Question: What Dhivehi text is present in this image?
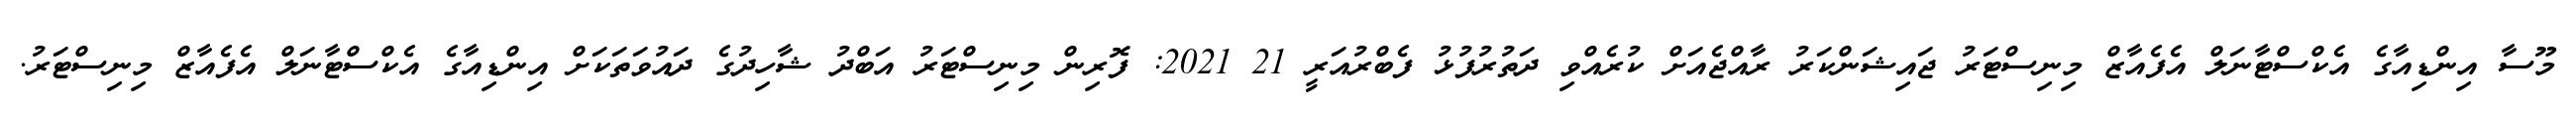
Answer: މޫސާ އިންޑިއާގެ އެކްސްޓާނަލް އެފެއާޒް މިނިސްޓަރު ޖައިޝަންކަރު ރާއްޖެއަށް ކުރެއްވި ދަތުރުފުޅު ފެބްރުއަރީ 21 2021: ފޮރިން މިނިސްޓަރު އަބްދު ޝާހިދުގެ ދައުވަތަކަށް އިންޑިއާގެ އެކްސްޓާނަލް އެފެއާޒް މިނިސްޓަރު.